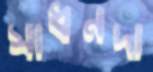
সাধনদা